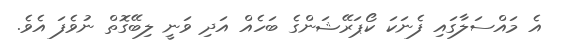
އެ މައްސަލާގައި ފެނަކަ ކޯޕަރޭޝަންގެ ބަހެއް އަދި ވަނީ ލިބޭގޮތް ނުވެފަ އެވެ.